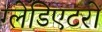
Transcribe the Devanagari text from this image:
ग्लेडिएटरों